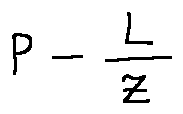
P - \frac { L } { z }